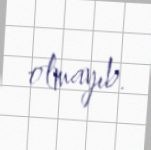
olmayıb.